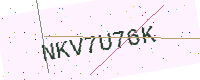
Text: NKV7U76K